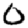
Digit: 0